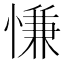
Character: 慊